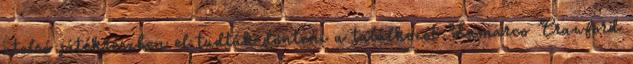
utolsó játékrészben el tudták dönteni a találkozót Lamarco Crawford